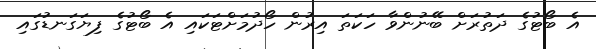
އެ ބޯޓުގެ ދަތުރަށް ބޭނުންވާ ހަކަތަ އިރުން ހޯދުމަށްޓަކައި އެ ބޯޓުގެ ފިޔަގަނޑުގައި